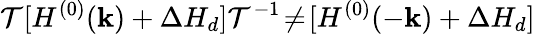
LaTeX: {\cal T}[H^{(0)}({\mathbf k})+\Delta H_{d}]{\cal T}^{-1}\! \neq\! [H^{(0)}(-{\mathbf k})+\Delta H_{d}]